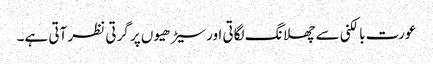
عورت بالکنی سے چھلانگ لگاتی اور سیڑھیوں پر گرتی نظر آتی ہے۔